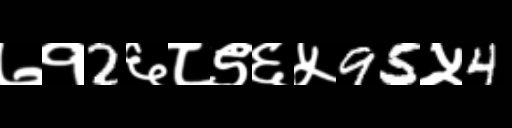
Text: ७१2६८९६५95५4